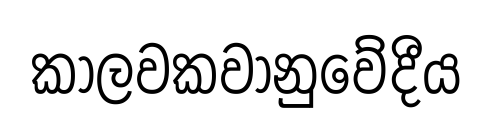
කාලවකවානුවේදීය